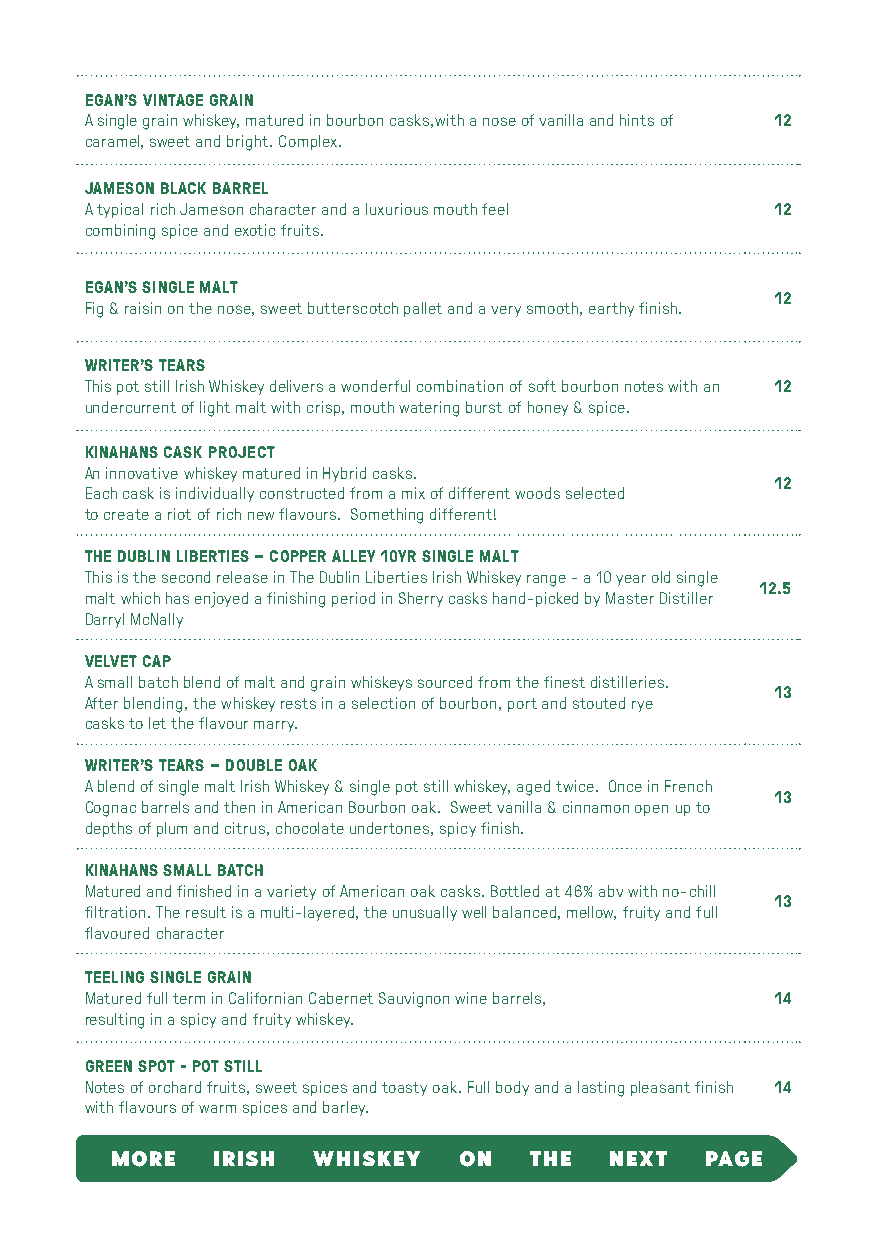
EGAN’S VINTAGE GRAIN
 A single grain whiskey, matured in bourbon casks,with a nose of vanilla and hints of 12
 caramel, sweet and bright. Complex.
 JAMESON BLACK BARREL
 A typical rich Jameson character and a luxurious mouth feel 12
 combining spice and exotic fruits.
 EGAN’S SINGLE MALT
 12
 Fig & raisin on the nose, sweet butterscotch pallet and a very smooth, earthy finish.
 WRITER’S TEARS
 This pot still Irish Whiskey delivers a wonderful combination of soft bourbon notes with an 12
 undercurrent of light malt with crisp, mouth watering burst of honey & spice.
 KINAHANS CASK PROJECT
 An innovative whiskey matured in Hybrid casks.
 12
 Each cask is individually constructed from a mix of different woods selected
 to create a riot of rich new flavours. Something different!
 THE DUBLIN LIBERTIES – COPPER ALLEY 10YR SINGLE MALT
 This is the second release in The Dublin Liberties Irish Whiskey range - a 10 year old single
 12.5
 malt which has enjoyed a finishing period in Sherry casks hand-picked by Master Distiller
 Darryl McNally
 VELVET CAP
 A small batch blend of malt and grain whiskeys sourced from the finest distilleries.
 13
 After blending, the whiskey rests in a selection of bourbon, port and stouted rye
 casks to let the flavour marry.
 WRITER’S TEARS – DOUBLE OAK
 A blend of single malt Irish Whiskey & single pot still whiskey, aged twice. Once in French
 13
 Cognac barrels and then in American Bourbon oak. Sweet vanilla & cinnamon open up to
 depths of plum and citrus, chocolate undertones, spicy finish.
 KINAHANS SMALL BATCH
 Matured and finished in a variety of American oak casks. Bottled at 46% abv with no-chill
 13
 filtration. The result is a multi-layered, the unusually well balanced, mellow, fruity and full
 flavoured character
 TEELING SINGLE GRAIN
 Matured full term in Californian Cabernet Sauvignon wine barrels, 14
 resulting in a spicy and fruity whiskey.
 GREEN SPOT - POT STILL
 Notes of orchard fruits, sweet spices and toasty oak. Full body and a lasting pleasant finish 14
 with flavours of warm spices and barley.
 MORE   IRISH  WHISKEY  ON   THE  NEXT   PAGE